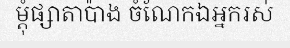
ម្តុំផ្សាតាប៉ាង ចំណែកឯអ្នករស់